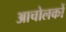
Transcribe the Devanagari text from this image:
आचोलकों